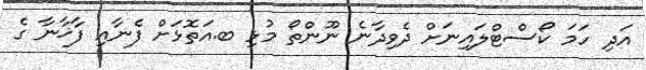
އަދި ހަމަ ކޯސްޓްލައިނަށް ދެވިދާނެ ނޫންތޯ މުޅި ބ.އަތޮޅަށް ފެނާއި ފާޚާނާ ގެ